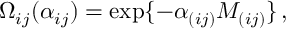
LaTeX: \Omega _ { i j } ( \alpha _ { i j } ) = \exp \{ - \alpha _ { ( i j ) } M _ { ( i j ) } \} \, ,